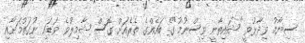
ސިޔާމު ވިދާޅުވީ "ޝައިތާނީ ވިސްނުމު"ގެ ބައެއްގެ ތެރެއަށް ގޮސް ޝާމިލުވެ ވަޑައި ނުގަތުމަށާއި